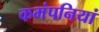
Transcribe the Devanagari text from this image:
कमंपनियां